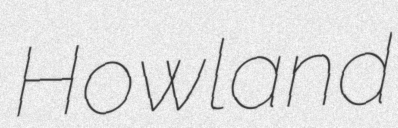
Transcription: Howland